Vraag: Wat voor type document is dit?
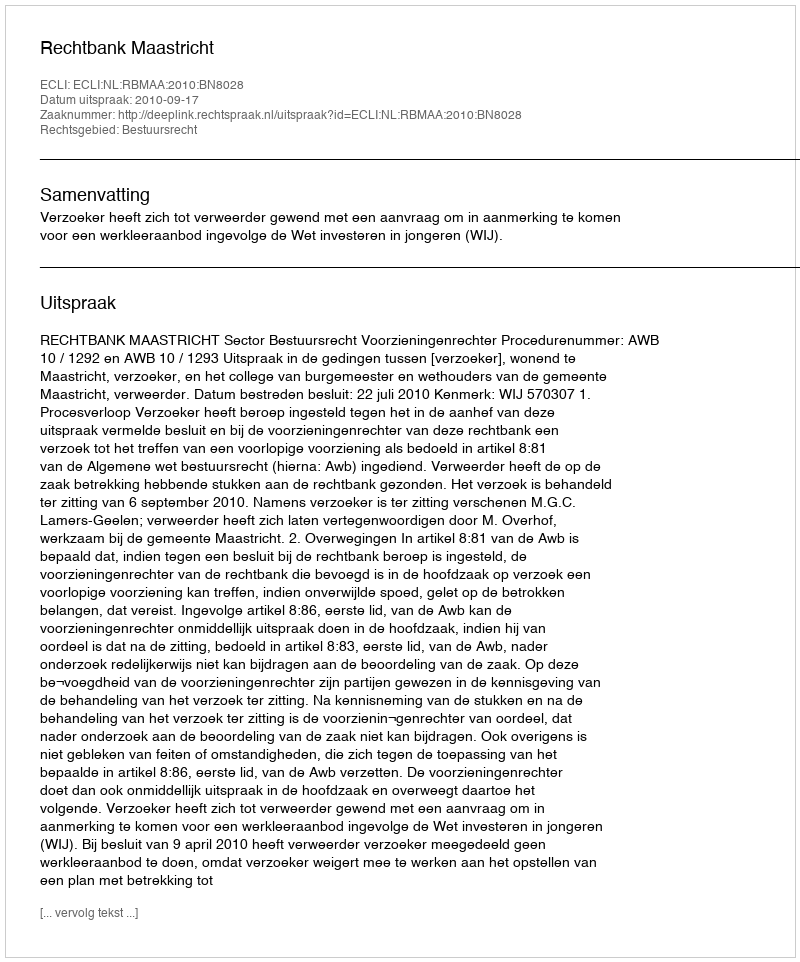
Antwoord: Uitspraak